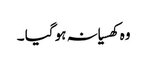
وہ کھسیانہ ہو گیا ۔